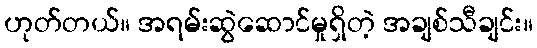
ဟုတ်တယ်။ အရမ်းဆွဲဆောင်မှုရှိတဲ့ အချစ်သီချင်း။